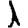
Digit: 1